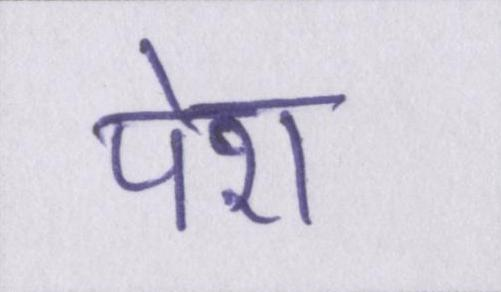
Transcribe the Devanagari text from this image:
पेश